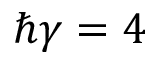
\hbar \gamma = 4